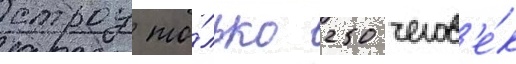
строу то́лько 250 челов'е́к